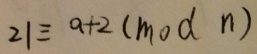
2 1 \equiv a + 2 ( m o d n )